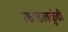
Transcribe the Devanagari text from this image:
काडलकुंडी